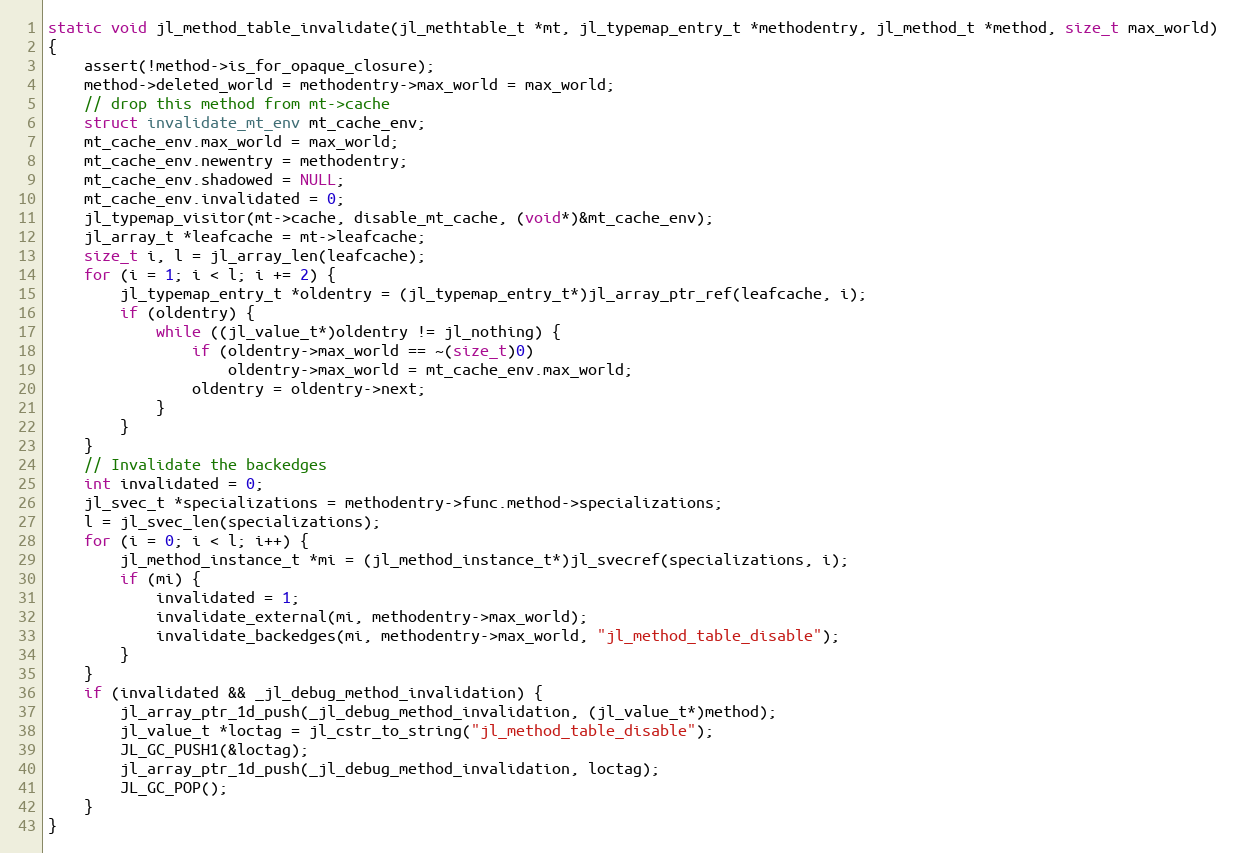
Language: C
static void jl_method_table_invalidate(jl_methtable_t *mt, jl_typemap_entry_t *methodentry, jl_method_t *method, size_t max_world)
{
    assert(!method->is_for_opaque_closure);
    method->deleted_world = methodentry->max_world = max_world;
    // drop this method from mt->cache
    struct invalidate_mt_env mt_cache_env;
    mt_cache_env.max_world = max_world;
    mt_cache_env.newentry = methodentry;
    mt_cache_env.shadowed = NULL;
    mt_cache_env.invalidated = 0;
    jl_typemap_visitor(mt->cache, disable_mt_cache, (void*)&mt_cache_env);
    jl_array_t *leafcache = mt->leafcache;
    size_t i, l = jl_array_len(leafcache);
    for (i = 1; i < l; i += 2) {
        jl_typemap_entry_t *oldentry = (jl_typemap_entry_t*)jl_array_ptr_ref(leafcache, i);
        if (oldentry) {
            while ((jl_value_t*)oldentry != jl_nothing) {
                if (oldentry->max_world == ~(size_t)0)
                    oldentry->max_world = mt_cache_env.max_world;
                oldentry = oldentry->next;
            }
        }
    }
    // Invalidate the backedges
    int invalidated = 0;
    jl_svec_t *specializations = methodentry->func.method->specializations;
    l = jl_svec_len(specializations);
    for (i = 0; i < l; i++) {
        jl_method_instance_t *mi = (jl_method_instance_t*)jl_svecref(specializations, i);
        if (mi) {
            invalidated = 1;
            invalidate_external(mi, methodentry->max_world);
            invalidate_backedges(mi, methodentry->max_world, "jl_method_table_disable");
        }
    }
    if (invalidated && _jl_debug_method_invalidation) {
        jl_array_ptr_1d_push(_jl_debug_method_invalidation, (jl_value_t*)method);
        jl_value_t *loctag = jl_cstr_to_string("jl_method_table_disable");
        JL_GC_PUSH1(&loctag);
        jl_array_ptr_1d_push(_jl_debug_method_invalidation, loctag);
        JL_GC_POP();
    }
}